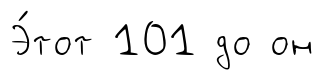
Э́тот 101 до он